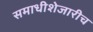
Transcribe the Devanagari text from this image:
समाधीशेजारीच